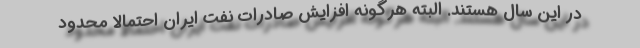
در این سال هستند. البته هرگونه افزایش صادرات نفت ایران احتمالاً محدود